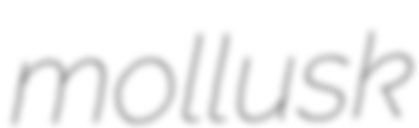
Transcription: mollusk